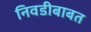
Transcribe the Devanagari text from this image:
निवडीबाबत